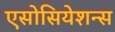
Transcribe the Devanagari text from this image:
एसोसियेशन्स